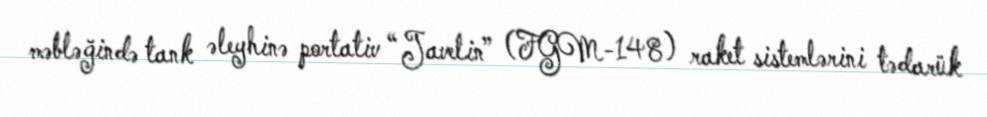
məbləğində tank əleyhinə portativ “Javelin” (FGM-148) raket sistemlərini tədarük